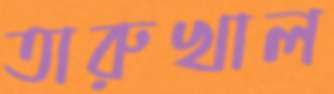
তারুখাল